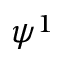
\psi ^ { 1 }